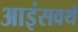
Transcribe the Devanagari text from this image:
आइंसवर्थ